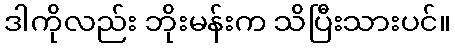
ဒါကိုလည်း ဘိုးမန်းက သိပြီးသားပင်။